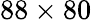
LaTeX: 88\times 80